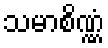
သမာစိဏ္ဏံ